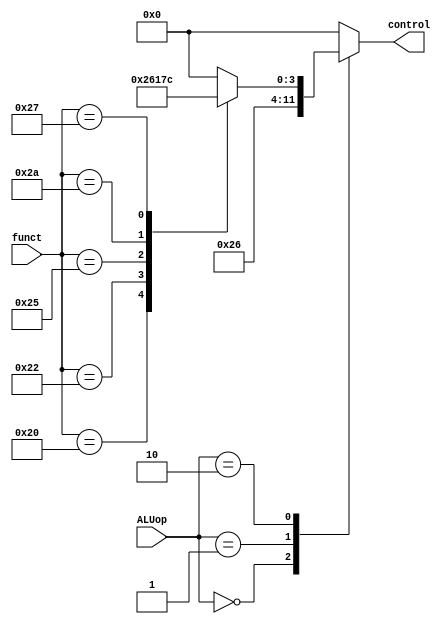
module ALU_control(funct, ALUop, control);
	
	input [5:0] funct;
	input [1:0] ALUop;
	
	output reg [3:0] control;
	
	always @ (*)
	begin
		case(ALUop) 
			
			2'b00: control = 4'b0010;
			
			2'b01: control = 4'b0110;
			
			2'b10: case(funct) 
					
						6'h20: control = 4'b0010;
						
						6'h22: control = 4'b0110;
						
						6'h24: control = 4'b0000;
						
						6'h25: control = 4'b0001;
						
						6'h2A: control = 4'b0111;
						
						6'h27: control = 4'b1100;
						
						default: control = 4'b0000; //default to AND
						
					endcase
						
			default: control = 4'b0000;//default to AND
			
		endcase
		
	end
endmodule